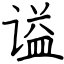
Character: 谥